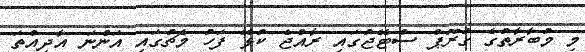
މި މުބާރާތުގެ ގުރޫޕް ސްޓޭޖުގައި ރާއްޖެ ކުޅޭ ފަހު މެޗުގައި އަންނަ އާދިއްތަ